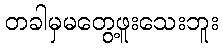
တခါမှမတွေ့ဖူးသေးဘူး